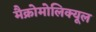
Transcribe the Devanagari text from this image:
मैक्रोमोलिक्यूल